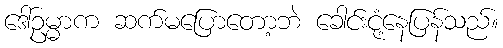
ဒေါ်ဥမ္မာက ဆက်မပြောတော့ဘဲ ခေါင်းငုံ့နေပြန်သည်။